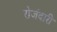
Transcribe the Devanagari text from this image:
रोजंदारी